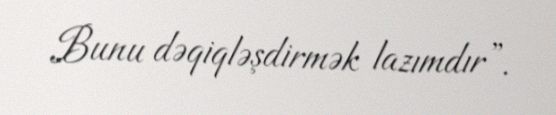
Bunu dəqiqləşdirmək lazımdır”.